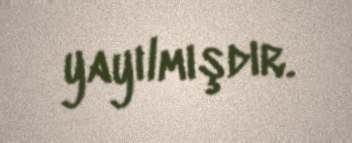
yayılmışdır.